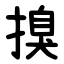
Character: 搝